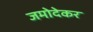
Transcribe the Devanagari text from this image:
जमोदेकर